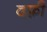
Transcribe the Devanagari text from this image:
दफ़्री